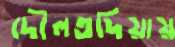
দৌলতদিয়ায়